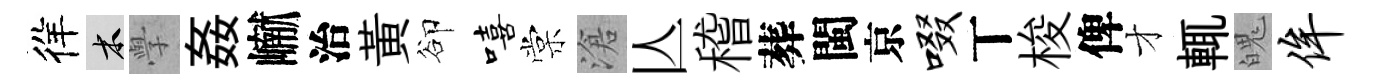
徉木𭓕姦𪩘治黃卻嘻棠滄亾稽葬閩京啜丅梭俾才輒魄侔